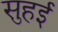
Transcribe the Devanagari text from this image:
सुहई